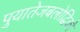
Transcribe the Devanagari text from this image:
पुयातेजबलोद्धिको